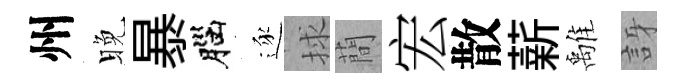
州晚暴腦逐捄蕳宏散薪𩀌訝